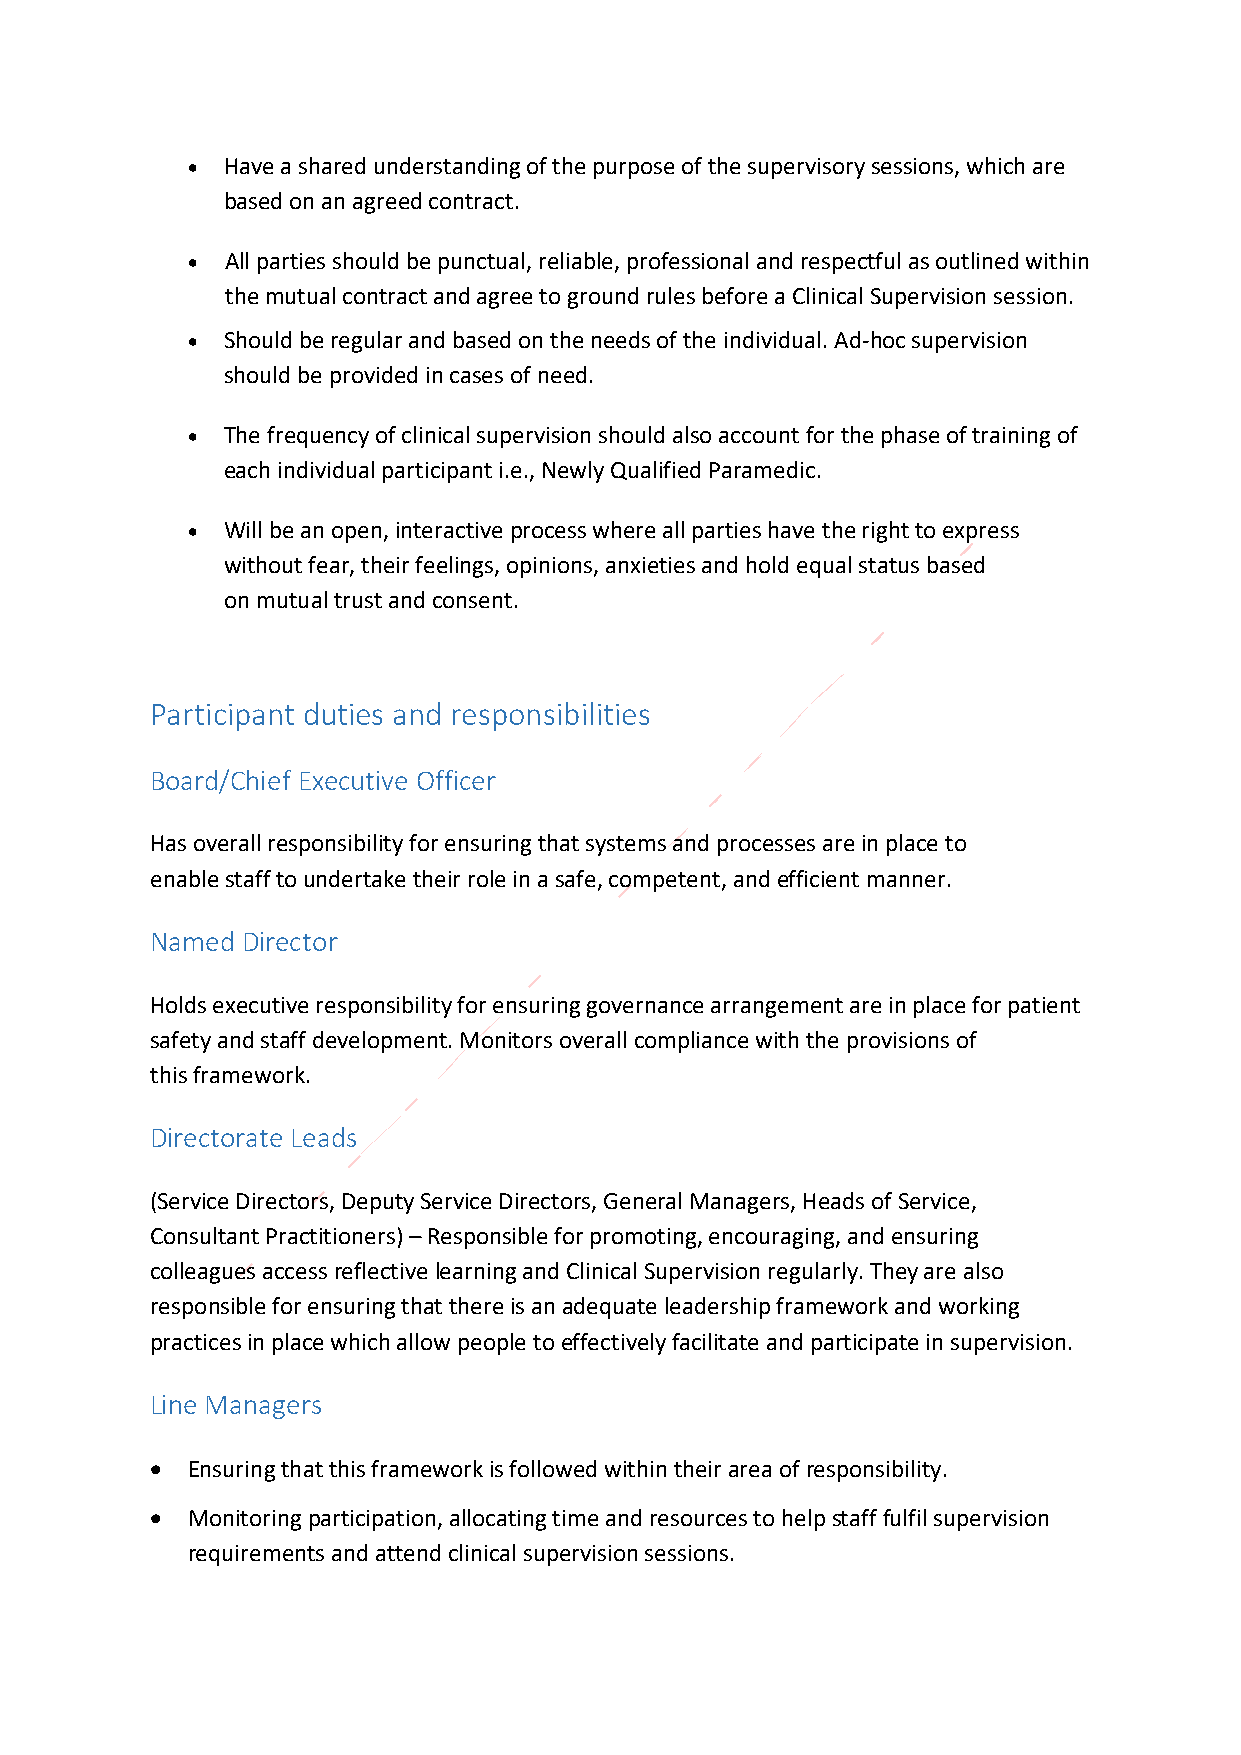
•  Have a shared understanding of the purpose of the supervisory sessions, which are
 based on an agreed contract.
 •  All parties should be punctual, reliable, professional and respectful as outlined within
 the mutual contract and agree to ground rules before a Clinical Supervision session.
 •  Should be regular and based on the needs of the individual. Ad-hoc supervision
 should be provided in cases of need.
 •  The frequency of clinical supervision should also account for the phase of training of
 each individual participant i.e., Newly Qualified Paramedic.
 •  Will be an open, interactive process where all parties have the right to express
 without fear, their feelings, opinions, anxieties and hold equal status based
 on mutual trust and consent.
 Participant duties and responsibilities
 Board/Chief Executive Officer
 Has overall responsibility for ensuring that systems and processes are in place to
 enable staff to undertake their role in a safe, competent, and efficient manner.
 Named Director
 Holds executive responsibility for ensuring governance arrangement are in place for patient
 safety and staff development. Monitors overall compliance with the provisions of
 this framework.
 Directorate Leads
 (Service Directors, Deputy Service Directors, General Managers, Heads of Service,
 Consultant Practitioners) – Responsible for promoting, encouraging, and ensuring
 colleagues access reflective learning and Clinical Supervision regularly. They are also
 responsible for ensuring that there is an adequate leadership framework and working
 practices in place which allow people to effectively facilitate and participate in supervision.
 Line Managers
 • Ensuring that this framework is followed within their area of responsibility.
 • Monitoring participation, allocating time and resources to help staff fulfil supervision
 requirements and attend clinical supervision sessions.